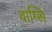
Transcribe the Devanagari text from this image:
वाम्सि